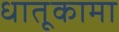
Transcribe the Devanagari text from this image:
धातूकामा